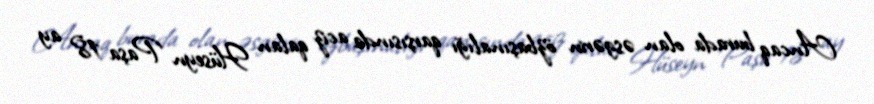
Ancaq burada olan əsgərin özbaşınalığı qarşısında aciz qalan Hüseyn Paşa 18 ay